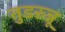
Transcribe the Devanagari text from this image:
तुडरुन्नू